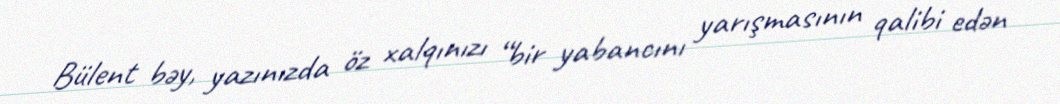
Bülent bəy, yazınızda öz xalqınızı “bir yabancını yarışmasının qalibi edən